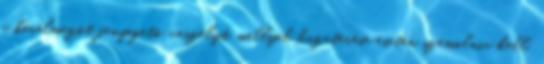
a kérelmezőt fenyegető veszélyt, mellyel hazatérése esetén számolnia kell.